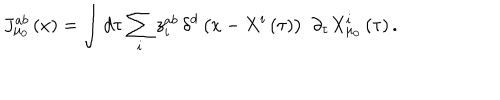
J _ { \mu _ { 0 } } ^ { a b } \left( x \right) = \int d \tau \sum _ { i } z _ { i } ^ { a b } \, \delta ^ { d } \left( x - X ^ { i } \left( \tau \right) \right) \, \, \partial _ { \tau } X _ { \mu _ { 0 } } ^ { i } \left( \tau \right) .